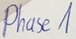
Text: Phase1